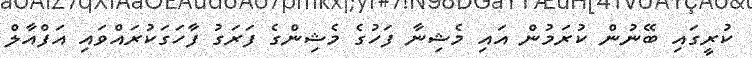
ކުރީގައި ބޭނުން ކުރަމުން އައި މެޝިނާ ފަހުގެ މެޝިންގެ ފަރަގު ފާހަގަކުރައްވައި އަފްއާލް